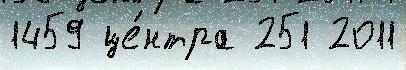
1459 це́нтра 251 2011